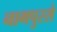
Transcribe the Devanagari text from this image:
नागपुरसे